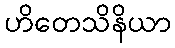
ဟိတေသိနိယာ